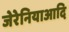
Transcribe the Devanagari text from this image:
जेरेनियाआदि